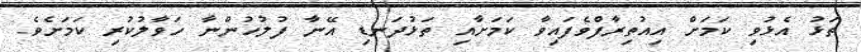
ތަޅު އެޅުވި ކަމަށް އިއުތިރާފްވެފައިވާ ކަމަށާއި ތަޅުދަނޑި އޭނާ ފުލުހުންނާ ހަވާލުކުރި ކަމަށެވެ.